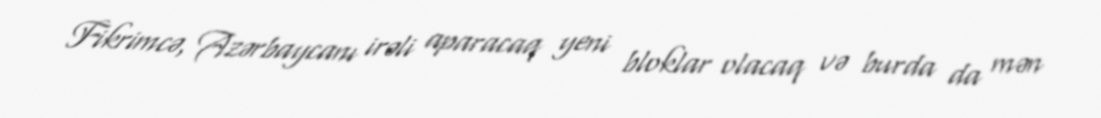
Fikrimcə, Azərbaycanı irəli aparacaq yeni bloklar olacaq və burda da mən